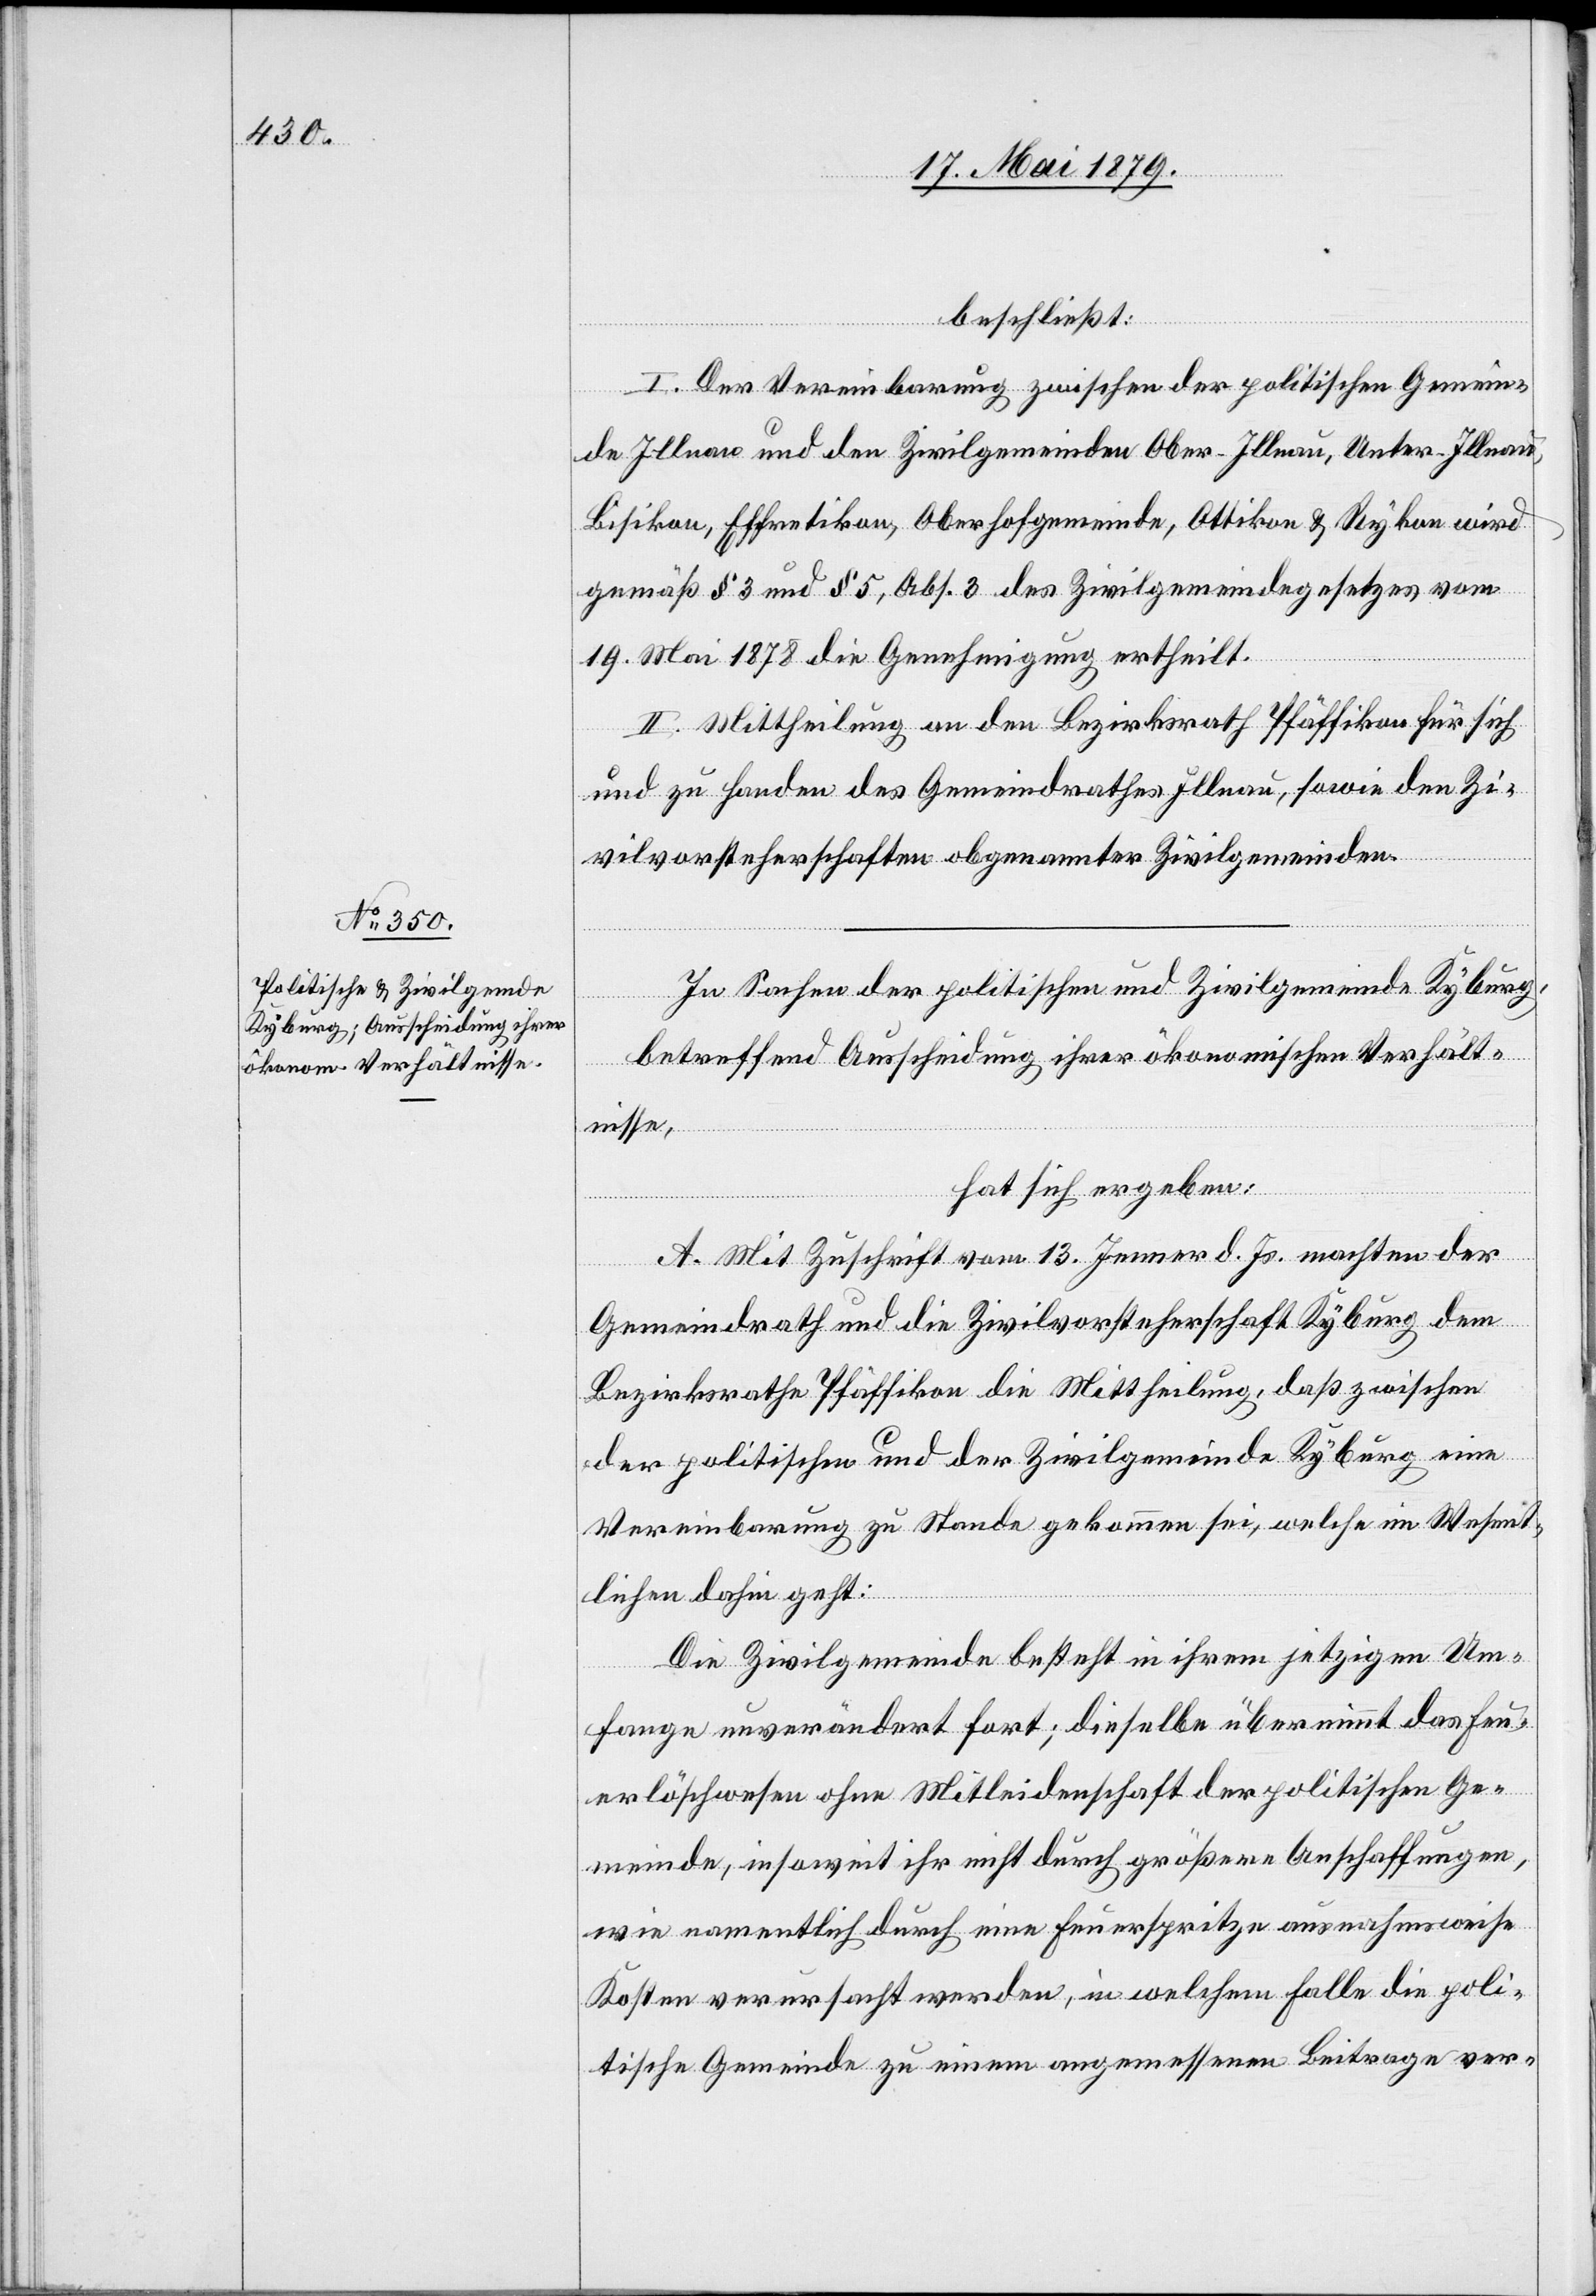
beschließt:
I. Der Vereinbarung zwischen der politischen Gemein¬
de Illnau und den Zivilgemeinden Ober-Illnau, Unter-Illnau,
Bisikon, Effretikon, Oberhofgemeinde, Ottikon & Rykon wird
gemäß § 3 und § 5, Abs. 3 des Zivilgemeindegesetzes vom
19. Mai 1878 die Genehmigung ertheilt.
II. Mittheilung an den Bezirksrath Pfäffikon für sich
und zu Handen des Gemeindrathes Illnau, sowie den Zi¬
vilvorsteherschaften obgenannter Zivilgemeinden.
In Sachen der politischen und Zivilgemeinde Kyburg,
betreffend Ausscheidung ihrer ökonomischen Verhält¬
nisse
hat sich ergeben:
A. Mit Zuschrift vom 13. Jenner d. Js. machten der
Gemeindrath und die Zivilvorsteherschaft Kyburg dem
Bezirksrathe Pfäffikon die Mittheilung, daß zwischen
der politischen und der Zivilgemeinde Kyburg eine
Vereinbarung zu Stande gekommen sei, welche im Wesent¬
lichen dahin geht:
Die Zivilgemeinde besteht in ihrem jetzigen Um¬
fange unverändert fort; dieselbe übernimmt das Feu¬
erlöschwesen ohne Mitleidenschaft der politischen Ge¬
meinde, insoweit ihr nicht durch größere Anschaffungen,
wie namentlich durch eine Feuerspritze ausnahmsweise
Kosten verursacht werden, in welchem Falle die poli¬
tische Gemeinde zu einem angemessenen Beitrage ver-